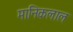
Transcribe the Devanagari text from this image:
मानिकलाल